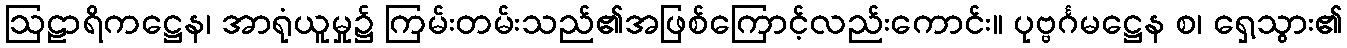
ဩဠာရိကဋ္ဌေန၊ အာရုံယူမှု၌ ကြမ်းတမ်းသည်၏အဖြစ်ကြောင့်လည်းကောင်း။ ပုဗ္ဗင်္ဂမဋ္ဌေန စ၊ ရှေ့သွား၏